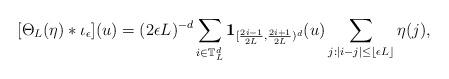
LaTeX: \begin{align*} [\Theta_L(\eta)*\iota_\epsilon](u) = (2\epsilon L)^{-d} \sum_{i\in\mathbb T_L^d} \mathbf 1_{[\frac{2i-1}{2L},\frac{2i+1}{2L})^d}(u) \sum_{j:|i-j|\le \lfloor\epsilon L\rfloor} \eta(j),\end{align*}